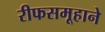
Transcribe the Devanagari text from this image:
रीफसमूहाने